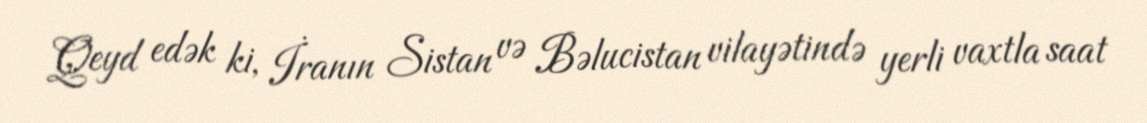
Qeyd edək ki, İranın Sistan və Bəlucistan vilayətində yerli vaxtla saat